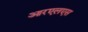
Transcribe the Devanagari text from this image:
आरएलएस